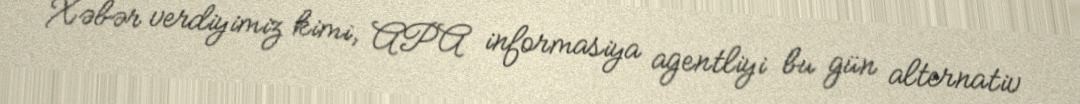
Xəbər verdiyimiz kimi, APA informasiya agentliyi bu gün alternativ